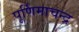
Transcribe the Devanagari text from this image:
पूर्णिमाचन्द्र